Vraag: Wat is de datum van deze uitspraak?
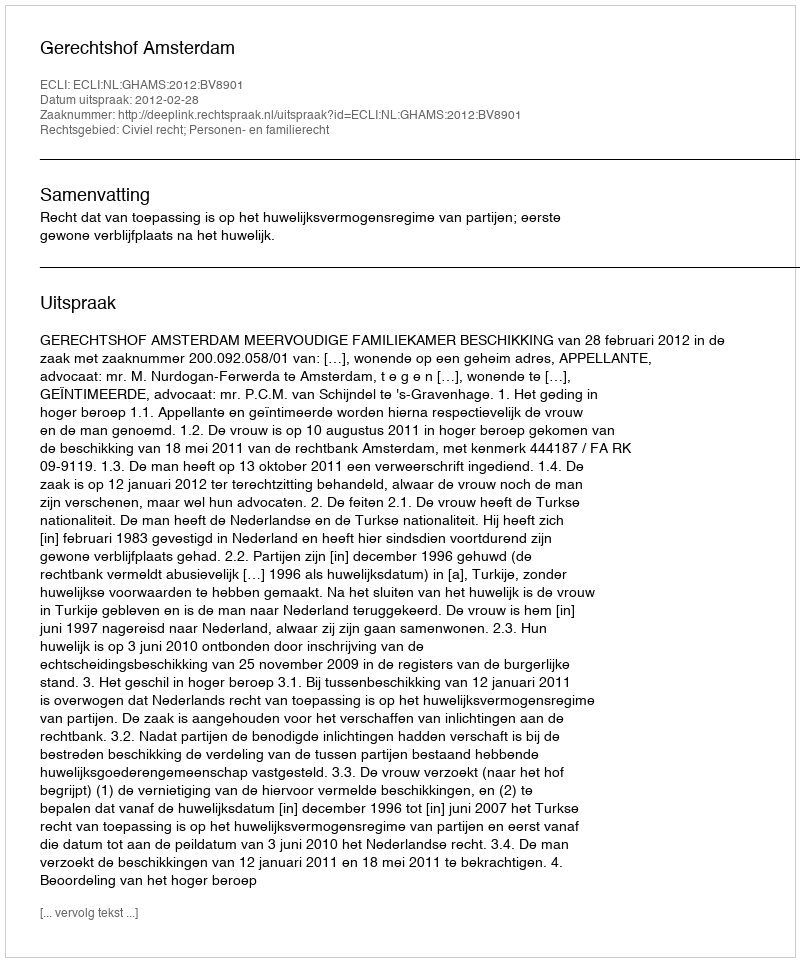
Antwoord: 2012-02-28